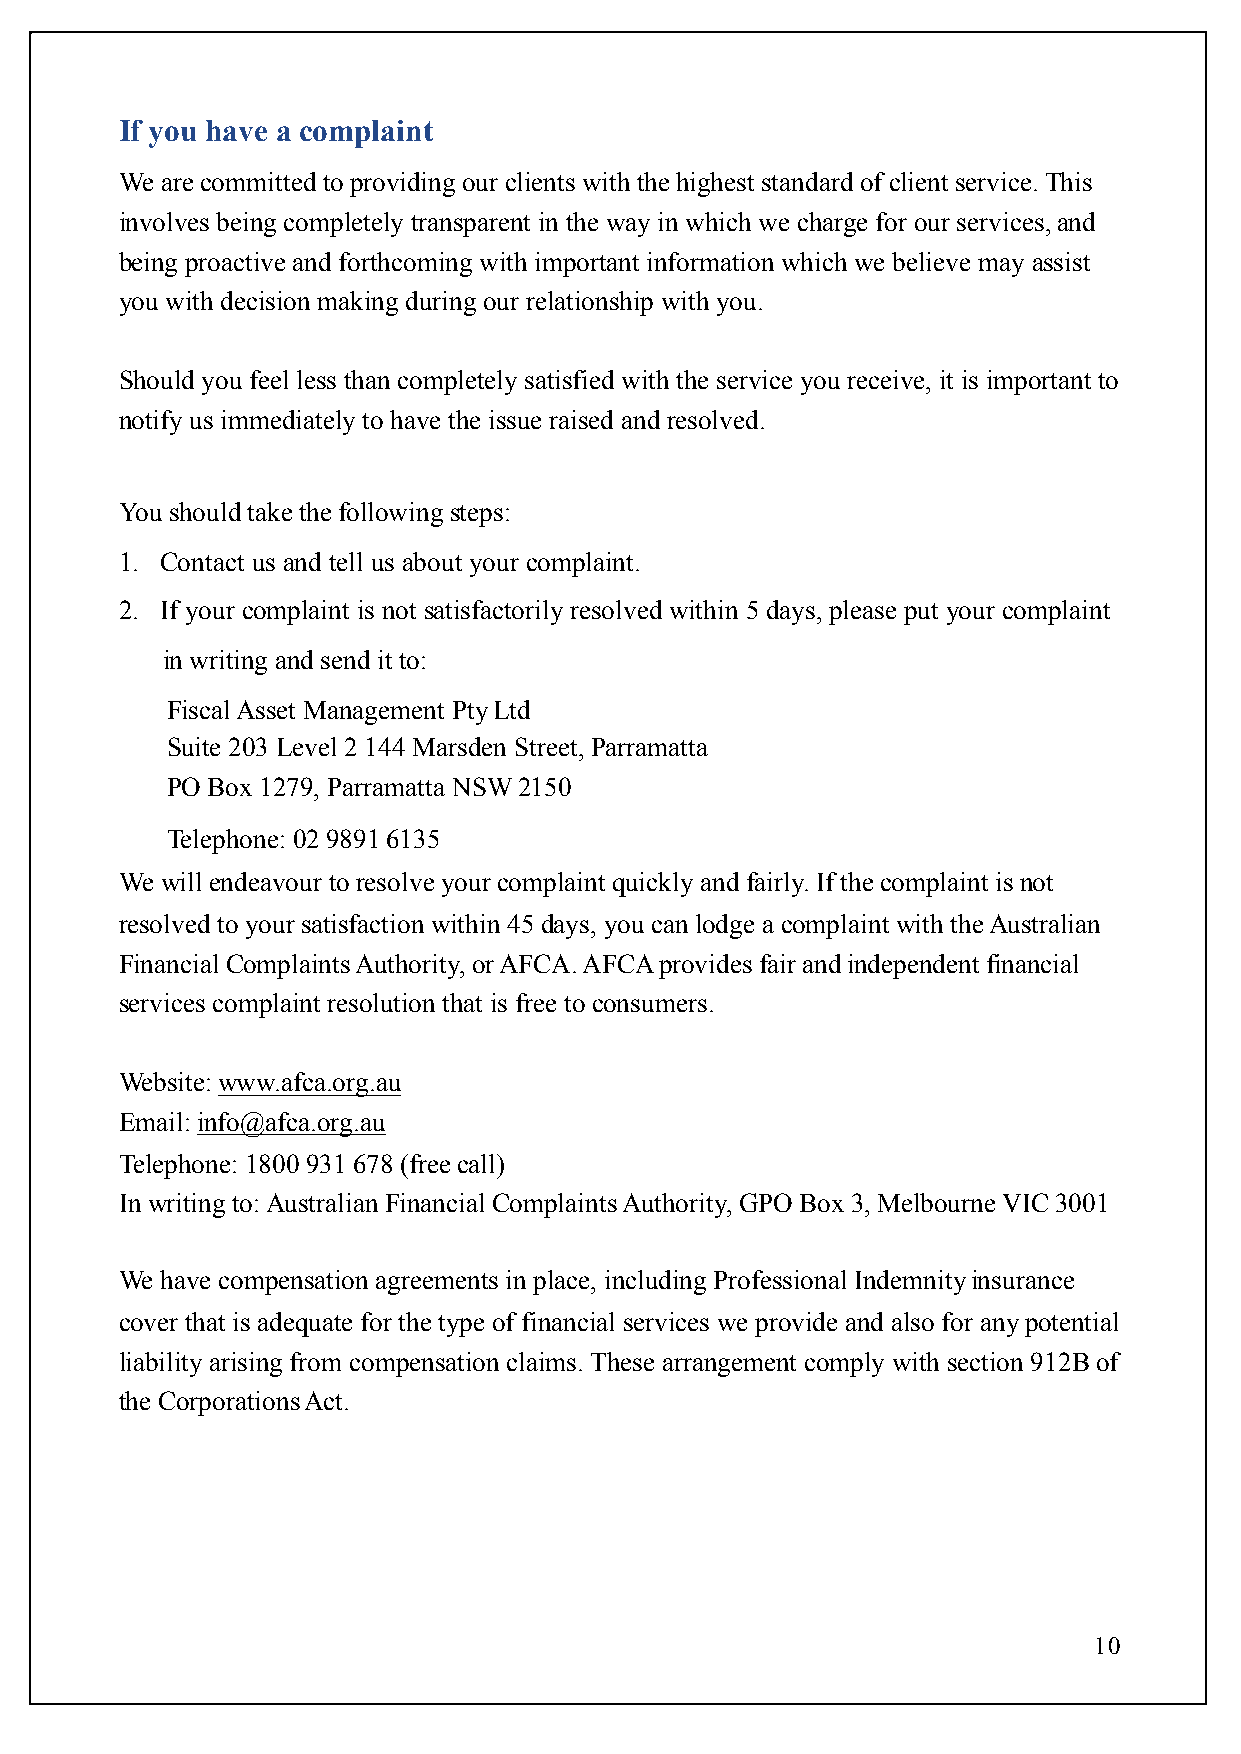
If you have a complaint
 We are committed to providing our clients with the highest standard of client service. This
 involves being completely transparent in the way in which we charge for our services, and
 being proactive and forthcoming with important information which we believe may assist
 you with decision making during our relationship with you.
 Should you feel less than completely satisfied with the service you receive, it is important to
 notify us immediately to have the issue raised and resolved.
 You should take the following steps:
 1. Contact us and tell us about your complaint.
 2. If your complaint is not satisfactorily resolved within 5 days, please put your complaint
 in writing and send it to:
 Fiscal Asset Management Pty Ltd
 Suite 203 Level 2 144 Marsden Street, Parramatta
 PO Box 1279, Parramatta NSW 2150
 Telephone: 02 9891 6135
 We will endeavour to resolve your complaint quickly and fairly. If the complaint is not
 resolved to your satisfaction within 45 days, you can lodge a complaint with the Australian
 Financial Complaints Authority, or AFCA. AFCA provides fair and independent financial
 services complaint resolution that is free to consumers.
 Website: www.afca.org.au
 Email: info@afca.org.au
 Telephone: 1800 931 678 (free call)
 In writing to: Australian Financial Complaints Authority, GPO Box 3, Melbourne VIC 3001
 We have compensation agreements in place, including Professional Indemnity insurance
 cover that is adequate for the type of financial services we provide and also for any potential
 liability arising from compensation claims. These arrangement comply with section 912B of
 the Corporations Act.
 10